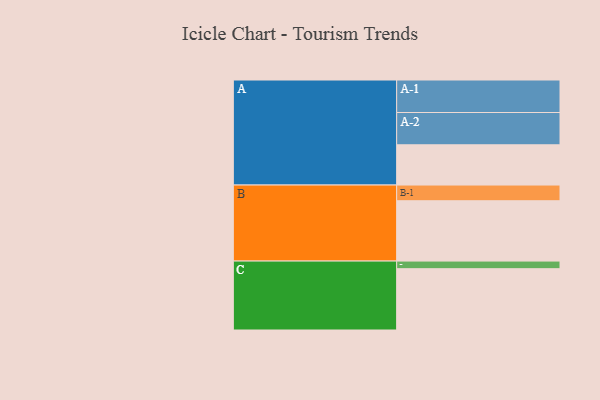
{"axis": {"x": "Segment", "y": "Value"}, "legend": ["", "A", "B", "C"], "data": [{"x": "A", "y": 369, "type": ""}, {"x": "B", "y": 553, "type": ""}, {"x": "C", "y": 562, "type": ""}, {"x": "A-1", "y": 298, "type": "A"}, {"x": "A-2", "y": 296, "type": "A"}, {"x": "B-1", "y": 144, "type": "B"}, {"x": "C-1", "y": 70, "type": "C"}]}